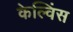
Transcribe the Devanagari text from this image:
केल्विंस